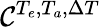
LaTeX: \mathcal{C}^{{T_{e}},{T_{a}},{\Delta T}}